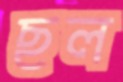
ছল